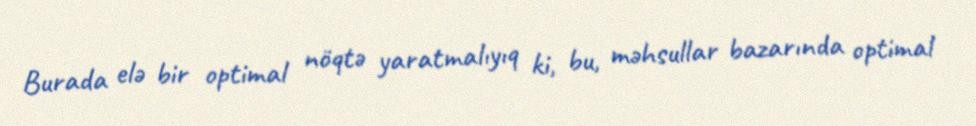
Burada elə bir optimal nöqtə yaratmalıyıq ki, bu, məhsullar bazarında optimal